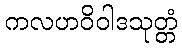
ကလဟဝိဝါဒသုတ္တံ